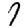
Digit: 7